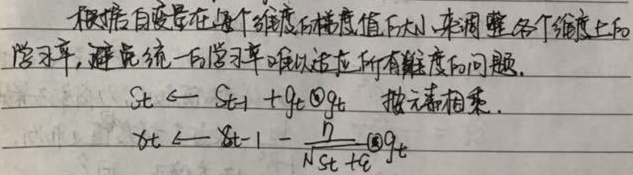
根据自变量在每个维度的梯度值大小，来调整各个维度上的学习率，避免统一的学习率难以适应所有维度的问题。
\(S_t \leftarrow S_{t - 1}+g_t \odot g_t\)（按元素相乘）
\(x_t \leftarrow x_{t - 1}-\frac{\eta}{\sqrt{N S_t+\epsilon}}\odot g_t\)